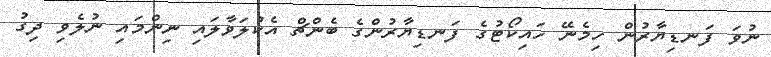
ނުވަ ފަނޑިޔާރުން ހިމެނޭ ހައިކޯޓުގެ ފަނޑިޔާރުންގެ ބެންޗް އެކުލަވާލައި ނިންމައި ނުލެވި ދިގު